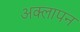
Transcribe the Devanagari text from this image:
अक्लापन